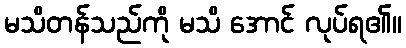
မသိတန်သည်ကို မသိ အောင် လုပ်ရ၏။